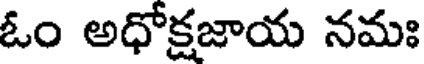
ఓం అధోక్షజాయ నమః